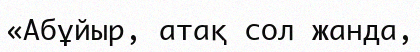
«Абұйыр, атақ сол жанда,